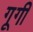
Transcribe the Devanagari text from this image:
गूगी